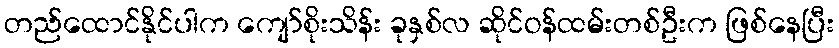
တည်ထောင်နိုင်ပါက ကျော်စိုးသိန်း ခုနှစ်လ ဆိုင်ဝန်ထမ်းတစ်ဦးက ဖြစ်နေပြီး